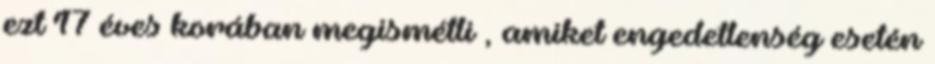
ezt 17 éves korában megismétli , amiket engedetlenség esetén